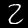
Digit: 2